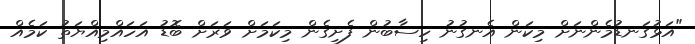
"އަޅުގަނޑުމެންނަށް މިކަން އެނގުނު ހިސާބުން ފެށިގެން މިކަމަށް ވަރަށް ބޮޑު އަހައްމިއްޔަތު ކަމެއް